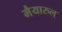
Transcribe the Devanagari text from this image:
मैयारुल्